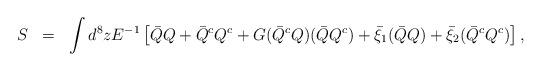
LaTeX: \begin{align*}\begin{array}{rcl} S&=&\displaystyle\int d^{8}z E^{-1} \left[\bar{Q}Q+\bar{Q}^{c}Q^{c} +G(\bar{Q}^{c}Q)(\bar{Q}Q^{c}) +\bar{\xi}_{1}(\bar{Q}Q) +\bar{\xi}_{2}(\bar{Q}^{c}Q^{c})\right],\end{array}\end{align*}